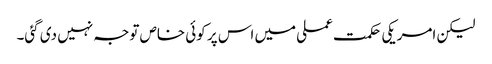
لیکن امریکی حکمت عملی میں اس پر کوئی خاص توجہ نہیں دی گئی۔